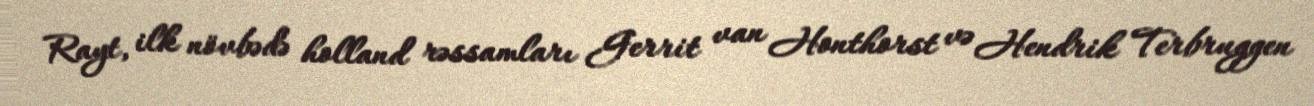
Rayt, ilk növbədə holland rəssamları Gerrit van Honthorst və Hendrik Terbruggen